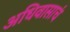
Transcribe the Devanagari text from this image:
अधिवासाचं